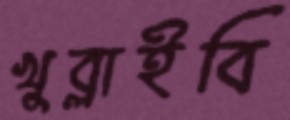
খুব্‌লাইবি